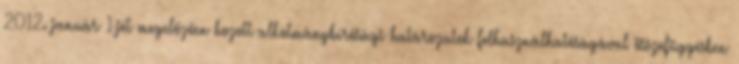
2012. január 1-jét megelőzően hozott alkotmánybírósági határozatok felhasználhatóságával összefüggésben